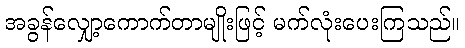
အခွန်လျှော့ကောက်တာမျိုးဖြင့် မက်လုံးပေးကြသည်။